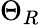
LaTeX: \displaystyle{\Theta}_{R}